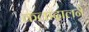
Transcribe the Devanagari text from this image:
कलादालने